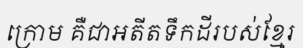
ក្រោម គឺជាអតីតទឹកដីរបស់ខ្មែរ